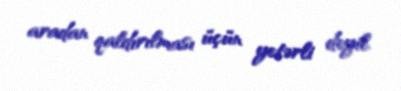
aradan qaldırılması üçün yetərli deyil.